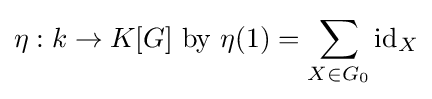
\eta :k\to K[G]~{\text{by}}~\eta (1)=\sum _{X\in G_{0}}\mathrm {id} _{X}